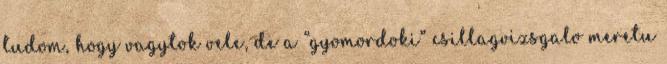
tudom, hogy vagytok vele, de a “gyomordoki” csillagvizsgalo meretu